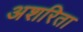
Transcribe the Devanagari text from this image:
अशरिता